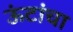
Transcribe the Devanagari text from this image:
ऊंटांचा